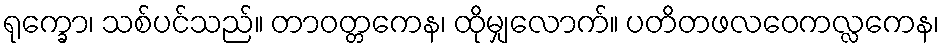
ရုက္ခော၊ သစ်ပင်သည်။ တာဝတ္တကေန၊ ထိုမျှလောက်။ ပတိတဖလဝေကလ္လကေန၊